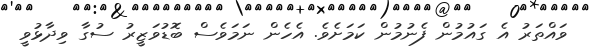
ވައްތަރު އެ ގައުމުން ފެނުމުން ކަމަށެވެ. އެހެން ނަމަވެސް ބޮޑުވަޒީރު ސުގާ ވިދާޅުވީ